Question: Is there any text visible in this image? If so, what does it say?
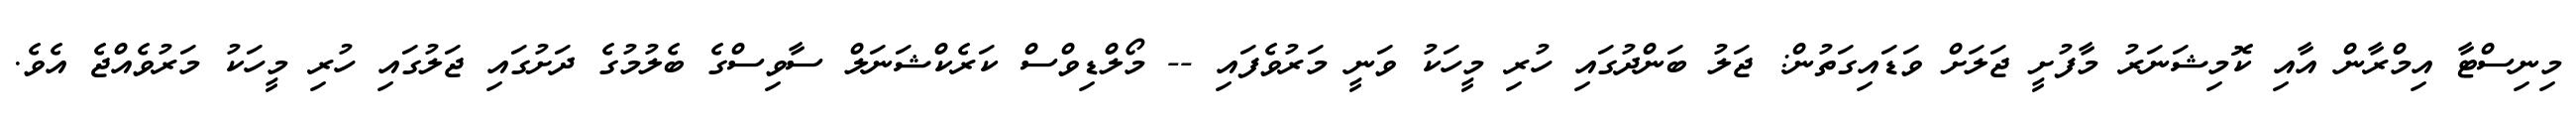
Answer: މިނިސްޓާ އިމްރާން އާއި ކޮމިޝަނަރު މާފުށީ ޖަލަށް ވަޑައިގަތުން: ޖަލު ބަންދުގައި ހުރި މީހަކު ވަނީ މަރުވެފައި -- މޯލްޑިވްސް ކަރެކްޝަނަލް ސާވިސްގެ ބެލުމުގެ ދަށުގައި ޖަލުގައި ހުރި މީހަކު މަރުވެއްޖެ އެވެ.